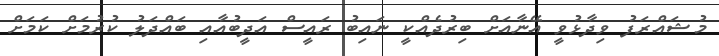
މުޝައްރަފު ވިދާޅުވީ އޭނާއަށް ބިރުދެއްކީ ނައިބު ރައީސް އަދީބުއާއި ބައްދަލު ކުރުމަށް ކަމަށް